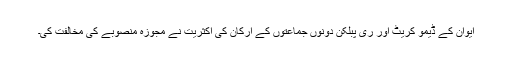
ایوان کے ڈیمو کریٹ اور ری پبلکن دونوں جماعتوں کے ارکان کی اکثریت نے مجوزہ منصوبے کی مخالفت کی۔